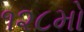
૧૨૮મો